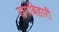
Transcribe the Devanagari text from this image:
रामबिहारी